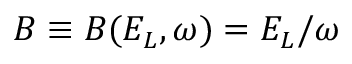
B \equiv B ( E _ { L } , \omega ) = E _ { L } / \omega